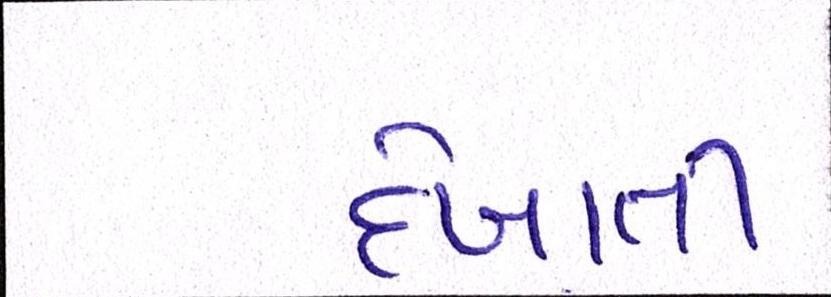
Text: દેખાતી